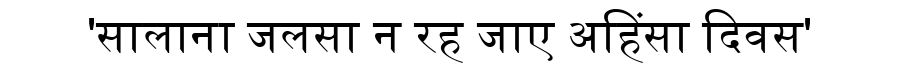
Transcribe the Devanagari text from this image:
'सालाना जलसा न रह जाए अहिंसा दिवस'